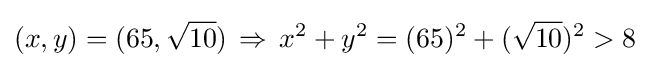
(x,y)=(65,{\sqrt {10}})\,\Rightarrow \,x^{2}+y^{2}=(65)^{2}+({\sqrt {10}})^{2}>8